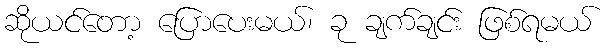
ဆိုယင်တော့ ပြောပေးမယ်၊ ခု ချက်ချင်း ဖြစ်ရမယ်